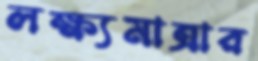
লক্ষ্যমাত্রার